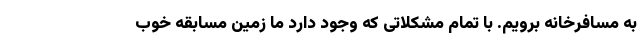
به مسافرخانه برویم. با تمام مشکلاتی که وجود دارد ما زمین مسابقه خوب